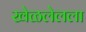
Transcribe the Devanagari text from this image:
खेळलेलला